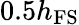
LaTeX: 0.5h_{\mathrm{FS}}